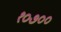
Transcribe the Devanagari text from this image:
१०७००